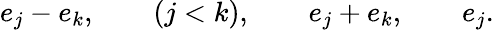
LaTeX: e_{j}-e_{k},\qquad(j<k),\qquad e_{j}+e_{k},\qquad e_{j}.